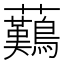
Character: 䕿